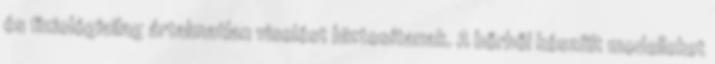
és fiziológiailag ártalmatlan viselést biztosítanak. A bőrből készült modelleket